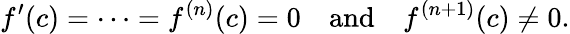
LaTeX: f^{\prime}(c)=\cdots=f^{(n)}(c)=0\quad{\mathrm{and}}\quad f^{(n+1)}(c)\neq 0.